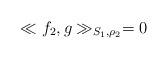
LaTeX: \begin{align*}\ll f_2,g\gg_{S_1,\rho_2}=0\end{align*}